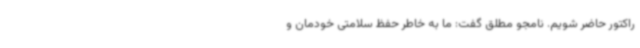
راکتور حاضر شویم. نامجو مطلق گفت: ما به خاطر حفظ سلامتی خودمان و